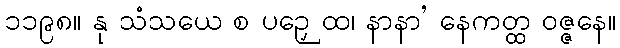
၁၁၉၈။ နု သံသယေ စ ပဉှေ ထ၊ နာနာ’ နေကတ္ထ ဝဇ္ဇနေ။